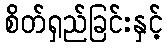
စိတ်ရှည်ခြင်းနှင့်